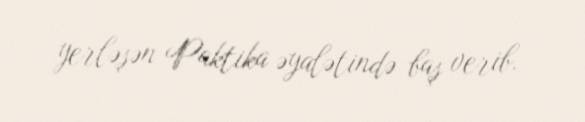
yerləşən Paktika əyalətində baş verib.